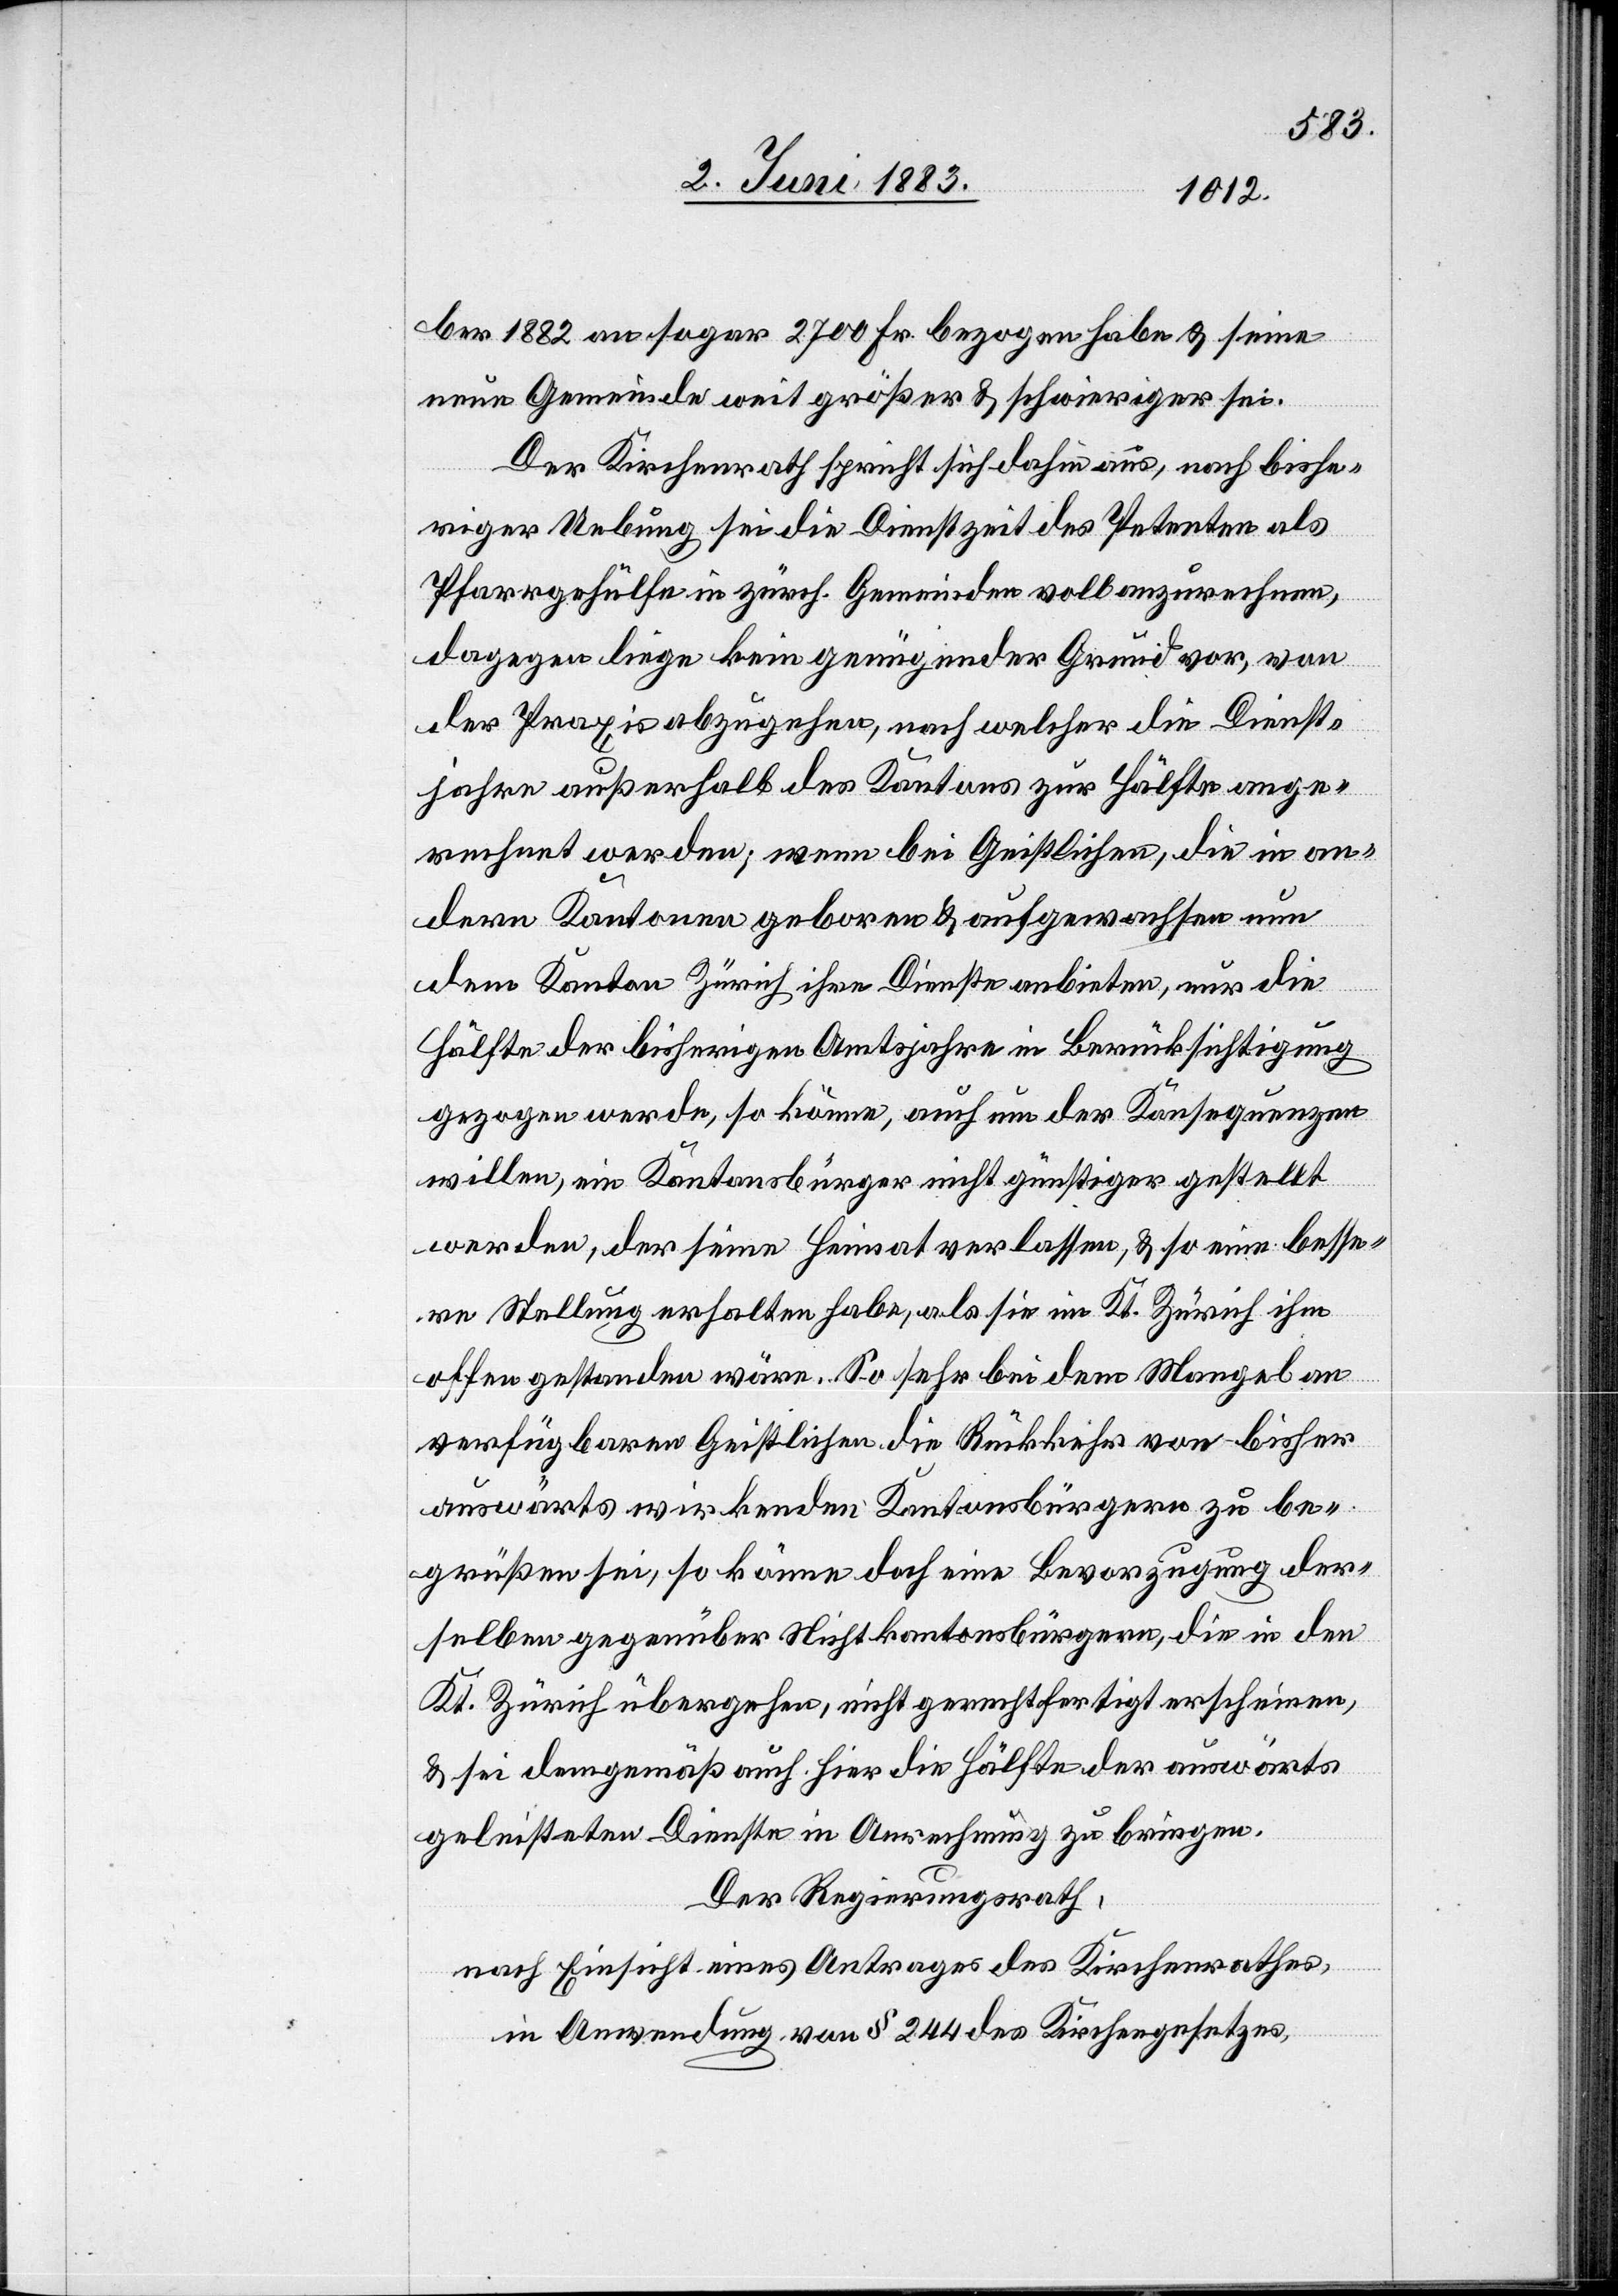
ber 1882 an sogar 2700 Fr. bezogen habe & seine
neue Gemeinde weit größer & schwieriger sei.
Der Kirchenrath spricht sich dahin aus, nach bishe¬
riger Uebung sei die Dienstzeit des Petenten als
Pfarrgehülfe in zürch. Gemeinden vollanzurechnen,
dagegen liege kein genügender Grund vor, von
der Praxis abzugehen, nach welcher die Dienst¬
jahre außerhalb des Kantons zur Hälfte ange¬
rechnet werden; wenn bei Geistlichen, die in an¬
dern Kantonen geboren & aufgewachsen nun
dem Kanton Zürich ihre Dienste anbieten, nur die
Hälfte der bisherigen Amtsjahre in Berücksichtigung
gezogen werden, so könne, auch um der Konsequenzen
willen, ein Kantonsbürger nicht günstiger gestellt
werden, der seine Heimat verlassen, & so eine besse¬
re Stellung erhalten habe, als sie im Kt. Zürich ihm
offen gestanden wäre. So sehr bei dem Mangel an
verfügbaren Geistlichen die Rückkehr von bisher
auswärts wirkenden Kantonsbürgern zu be¬
grüßen sei, so könne doch eine Bevorzugung der¬
selben gegenüber Nichtkantonsbürgern, die in den
Kt. Zürich übergehen, nicht gerechtfertigt erscheinen,
& sei demgemäß auch hier die Hälfte der auswärts
geleisteten Dienste in Anrechnung zu bringen.
Der Regierungsrath,
nach Einsicht eines Antrages des Kirchenrathes,
in Anwendung von § 244 des Kirchengesetzes,